Leaving Certificate Examination (including Day School Certificate (Higher) General paper), 1933
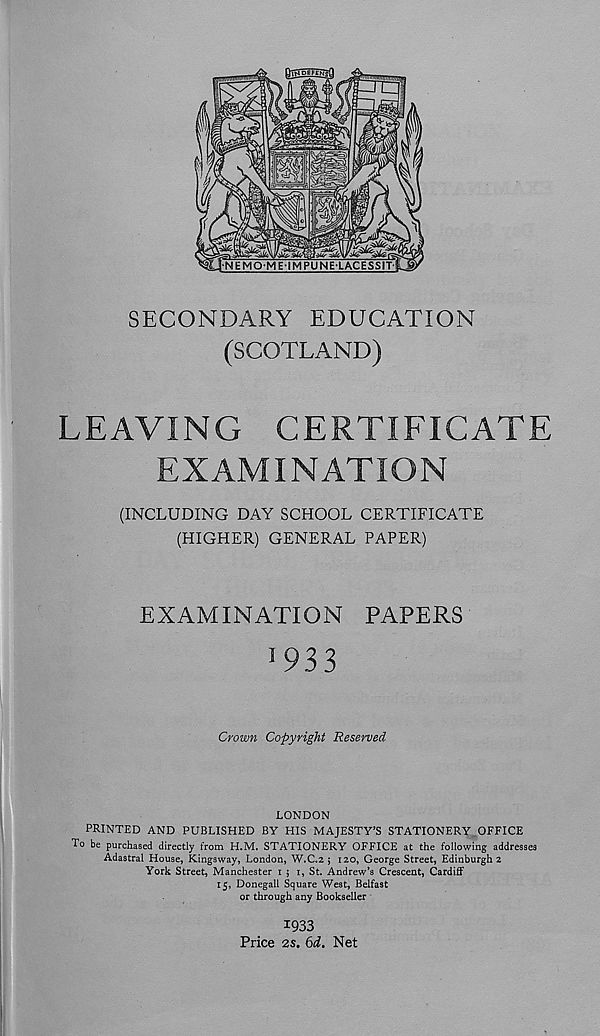
SECONDARY EDUCATION
(SCOTLAND)
LEAVING CERTIFICATE
EXAMINATION
(INCLUDING DAY SCHOOL CERTIFICATE
(HIGHER) GENERAL PAPER)
EXAMINATION PAPERS
1 933
Crown Copyright Reserved
LONDON
PRINTED AND PUBLISHED BY HIS MAJESTY’S STATIONERY OFFICE
To be purchased directly from H.M. STATIONERY OFFICE at the following addresses
Adastral House, Kingsway, London, W.C.2 ; 120, George Street, Edinburgh 2
York Street, Manchester 1 5 1, St. Andrew’s Crescent, Cardiff
15, Donegall Square West, Belfast
or through any Bookseller
1933
Price 25. 6d. Net